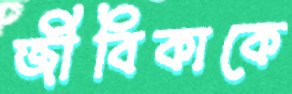
জীবিকাকে